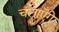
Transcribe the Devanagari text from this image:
चलाएँगे